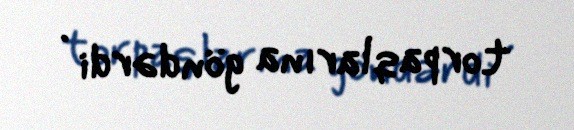
torpaqlarına göndərdi .